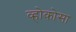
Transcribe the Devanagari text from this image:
व्होकोसा